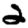
Digit: 2